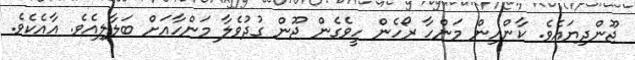
ޖޫންދިޔައެވެ. ކާންއިން މަންހާ ރޯހެން ހީވެގެން ޖޫން ގުދުވެލާ މަންހާއަށް ބަލާލިއެވެ. އާއެކެވެ.